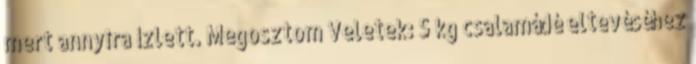
mert annyira ízlett. Megosztom Veletek: 5 kg csalamádé eltevéséhez